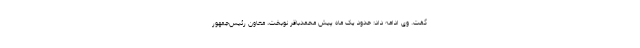
گفت. وی ادامه داد: حدود یک ماه پیش محمدباقر نوبخت، معاون رئیس‌جمهور